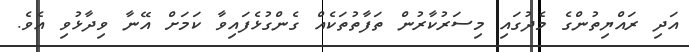
އަދި ރައްޔިތުންގެ މެދުގައި މިސަރުކާރުން ތަފާތުތަކެއް ގެންގުޅެފައިވާ ކަމަށް އޭނާ ވިދާޅުވި އެވެ.